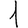
Digit: 1